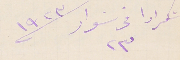
تكرارا فى ٢٣ نوار سنة ١٩٣٢